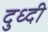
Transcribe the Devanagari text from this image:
दुध्दी